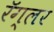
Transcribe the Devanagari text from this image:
रॅग्लर